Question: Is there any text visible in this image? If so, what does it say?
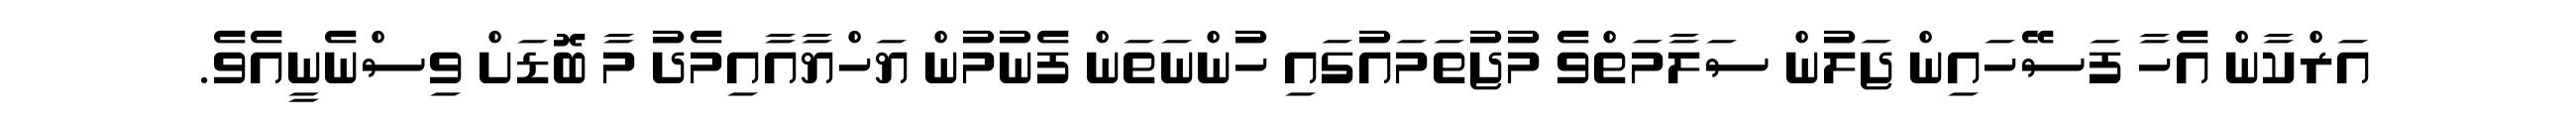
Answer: އަރްކާން އެހާ ފަސޭހައިން ޖަލުން ސަލާމަތްވެ މުޖުތަމައުގައި ހުންނަތަން ފެނުމުން ޔަހްޔާއާއިމެދު މާ ބޮޑަށް ވިސްނެނީއެވެ.